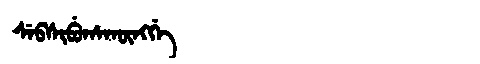
Manchu: ᠰᡝᠪᠰᡳᠪᡠᡥᠠᡴᡡᠩᡤᡝ
Romanization: SEBSIBUHAKŪNGGE